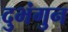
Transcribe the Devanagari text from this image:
दुभंगुन